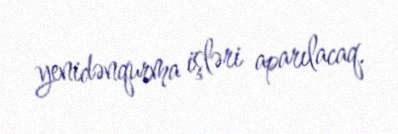
yenidənqurma işləri aparılacaq.